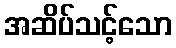
အဆိပ်သင့်သော